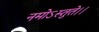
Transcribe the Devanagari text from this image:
नमोऽस्तुते।।